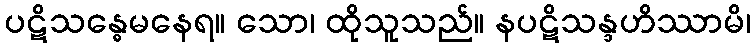
ပဋိသန္ဓေမနေရ။ သော၊ ထိုသူသည်။ နပဋိသန္ဒဟိဿာမိ၊